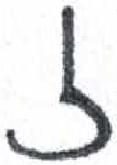
אות: ז